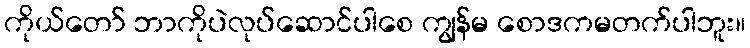
ကိုယ်တော် ဘာကိုပဲလုပ်ဆောင်ပါစေ ကျွန်မ စောဒကမတက်ပါဘူး။